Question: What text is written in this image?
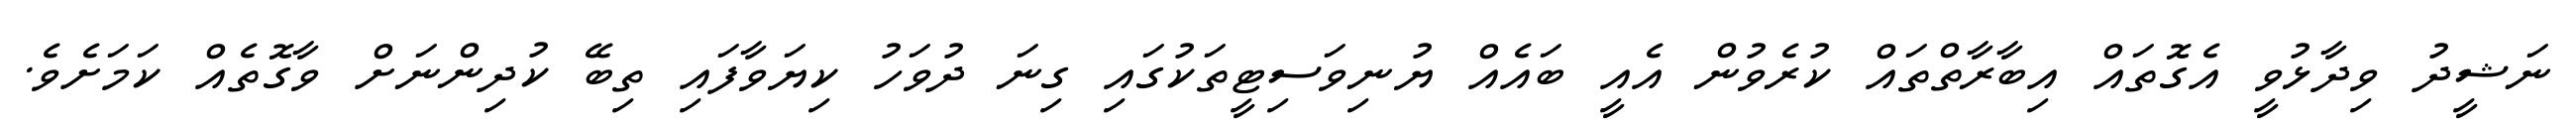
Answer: ނަޝީދު ވިދާޅުވީ އެގޮތައް އިބާރާތްތައް ކުރެވުން އެއީ ބައެއް ޔުނިވަސިޓީތަކުގައި ގިނަ ދުވަހު ކިޔަވާފައި ތިބޭ ކުދިންނަށް ވާގޮތެއް ކަމަށެވެ.